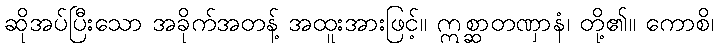
ဆိုအပ်ပြီးသော အခိုက်အတန့် အထူးအားဖြင့်။ ဣစ္ဆာတဏှာနံ၊ တို့၏။ ကောစိ၊